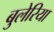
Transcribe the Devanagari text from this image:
बुलेरिया